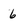
Character: 6